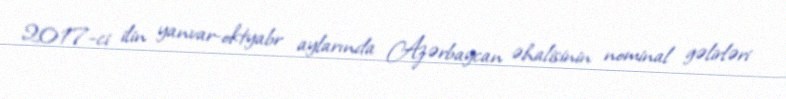
2017-ci ilin yanvar-oktyabr aylarında Azərbaycan əhalisinin nominal gəlirləri